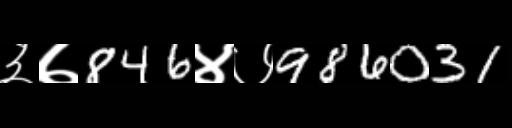
Text: ३७846४७986031